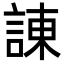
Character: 諌